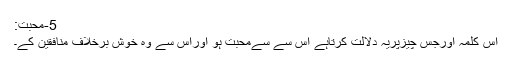
5-محبت:
اس کلمہ اورجس چیزپریہ دلالت کرتاہے اس سے سےمحبت ہو اوراس سے وہ خوش برخلاف منافقین کے۔